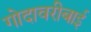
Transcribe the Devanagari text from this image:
गोदावरीबाई